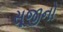
સૂજીનો